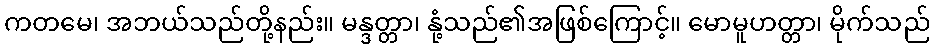
ကတမေ၊ အဘယ်သည်တို့နည်း။ မန္ဒတ္တာ၊ နုံ့သည်၏အဖြစ်ကြောင့်။ မောမူဟတ္တာ၊ မိုက်သည်